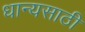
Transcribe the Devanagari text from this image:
धान्यसाठी